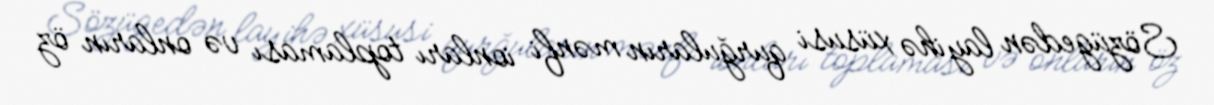
Sözügedən layihə xüsusi qurğuların mənfi ionları toplaması və onların öz